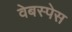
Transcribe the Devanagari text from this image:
वेबस्पेस